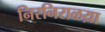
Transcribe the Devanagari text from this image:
निरनिराळय़ा